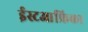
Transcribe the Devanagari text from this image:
ईस्टआफ्रिका